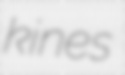
kines